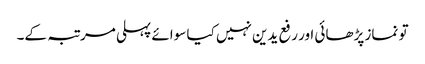
تو نماز پڑھائی اور رفع یدین نہیں کیا سوائے پہلی مرتبہ کے۔